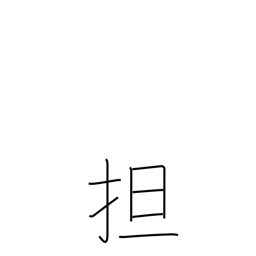
Meaning: raise